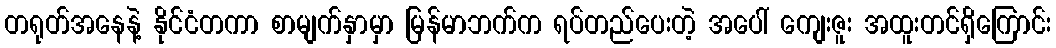
တရုတ်အနေနဲ့ နိုင်ငံတကာ စာမျက်နှာမှာ မြန်မာဘက်က ရပ်တည်ပေးတဲ့ အပေါ် ကျေးဇူး အထူးတင်ရှိကြောင်း